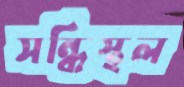
সন্ধিস্থল